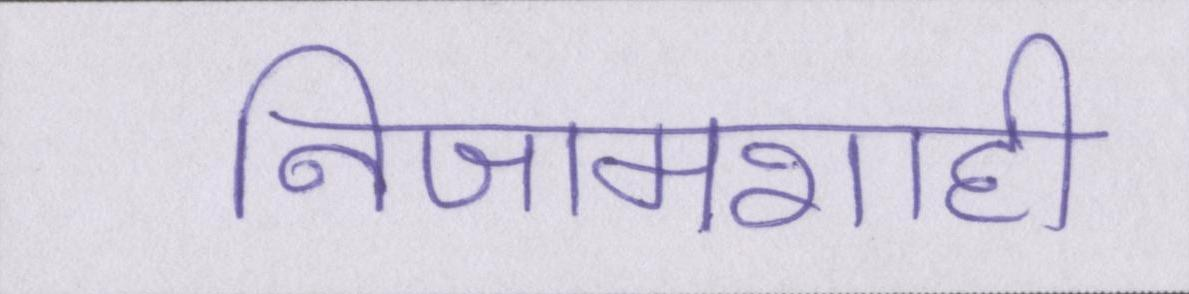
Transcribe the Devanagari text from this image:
निजामशाही